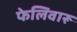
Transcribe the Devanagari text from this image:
फेलिवारू